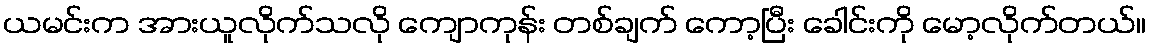
ယမင်းက အားယူလိုက်သလို ကျောကုန်း တစ်ချက် ကော့ပြီး ခေါင်းကို မော့လိုက်တယ်။